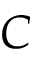
\boldsymbol { C }